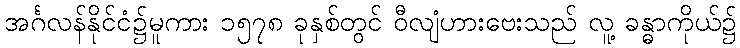
အင်္ဂလန်နိုင်ငံ၌မူကား ၁၅၇၈ ခုနှစ်တွင် ဝီလျံဟားဗေးသည် လူ့ ခန္ဓာကိုယ်၌